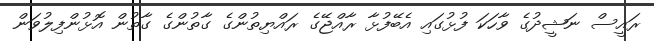
ރައީސް ނަޝީދުގެ ވާހަކަ ފުޅުގައި އެބޭފުޅާ ރާއްޖޭގެ ރައްޔިތުންގެ ގާތުންގެ ގާތުން އޮޅުންފިލުވަން